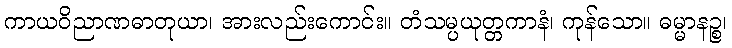
ကာယဝိညာဏဓာတုယာ၊ အားလည်းကောင်း။ တံသမ္ပယုတ္တကာနံ၊ ကုန်သော။ ဓမ္မာနဉ္စ၊